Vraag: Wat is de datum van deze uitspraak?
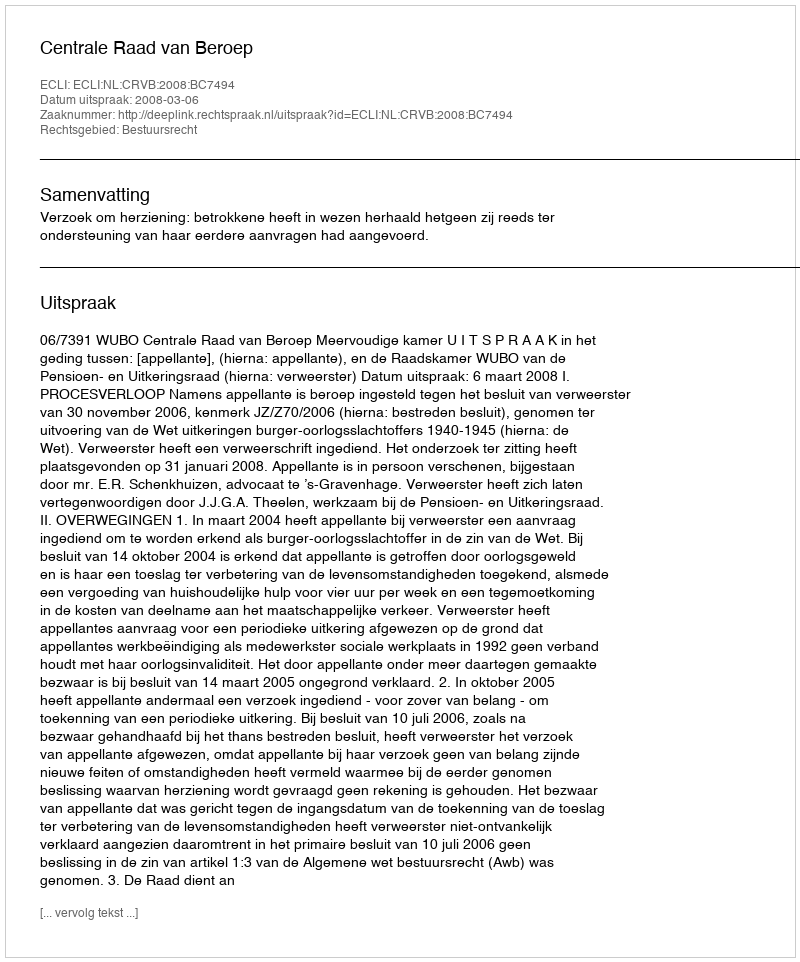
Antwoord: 2008-03-06